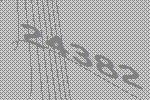
24382